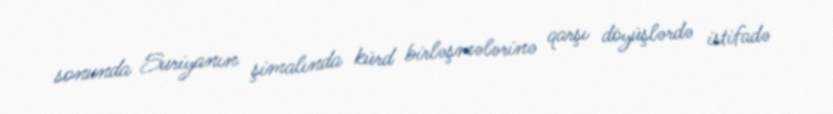
sonunda Suriyanın şimalında kürd birləşmələrinə qarşı döyüşlərdə istifadə